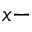
x -